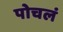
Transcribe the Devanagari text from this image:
पोचलं